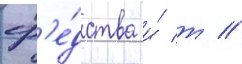
ср'е́дства и́ т //